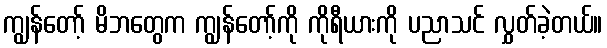
ကျွန်တော့် မိဘတွေက ကျွန်တော့်ကို ကိုရီယားကို ပညာသင် လွှတ်ခဲ့တယ်။